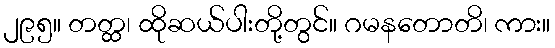
၂၉၅။ တတ္ထ၊ ထိုဆယ်ပါးတို့တွင်။ ဂမနတောတိ၊ ကား။